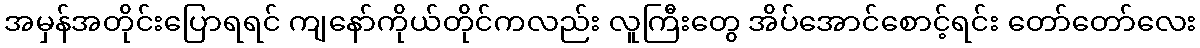
အမှန်အတိုင်းပြောရရင် ကျနော်ကိုယ်တိုင်ကလည်း လူကြီးတွေ အိပ်အောင်စောင့်ရင်း တော်တော်လေး